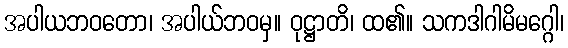
အပါယဘဝတော၊ အပါယ်ဘဝမှ။ ဝုဋ္ဌာတိ၊ ထ၏။ သကဒါဂါမိမဂ္ဂေါ၊